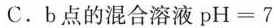
C.b点的混合溶液$$p H = 7$$